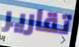
تقارير